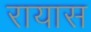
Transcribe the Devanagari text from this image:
रायास